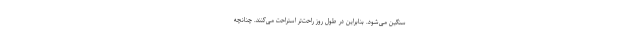
سنگین می‌شود. بنابراین در طول روز راحت‌تر استراحت می‌کنند. چنانچه